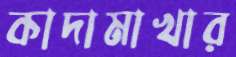
কাদামাখার